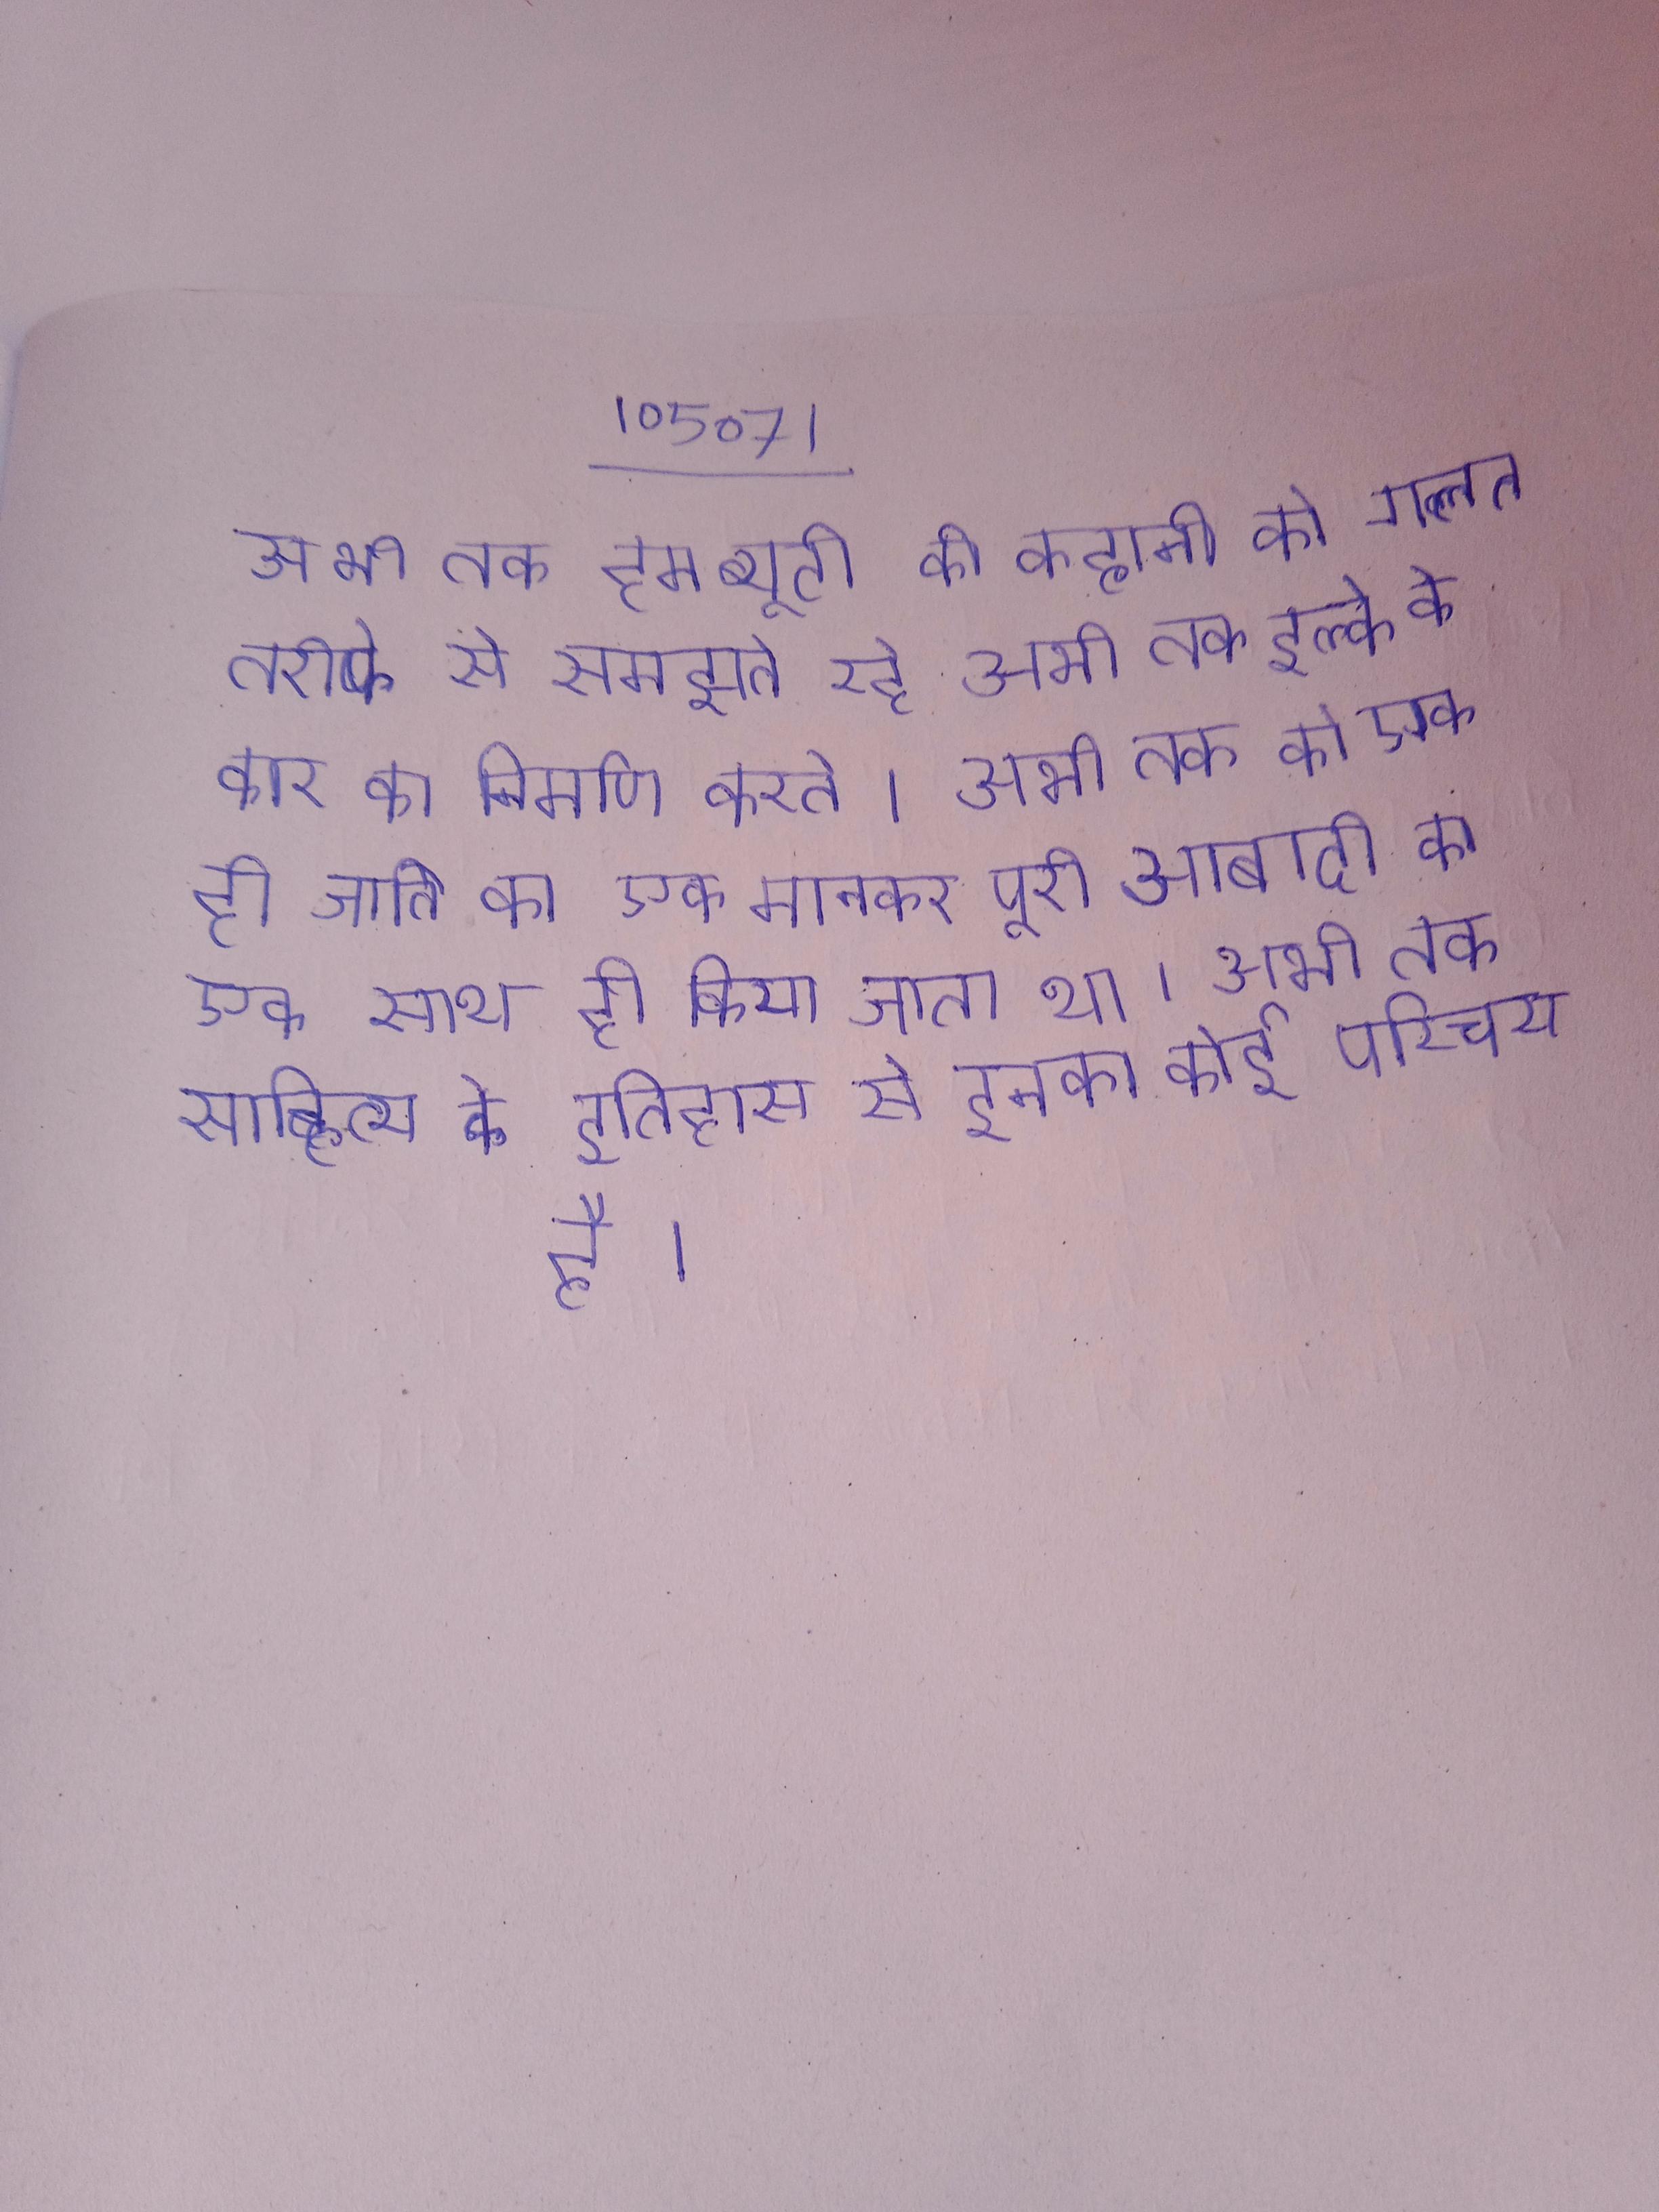
अभी तक हम ब्यूटी की कहानी को गलत तरीके से समझते रहे अभी तक हल्के के कोर का निर्माण करते । अभी तक को एक ही जाति का मानकर पूरी आबादी का एक साथ ही किया जाता था । अभी तक साहित्य के इतिहास से इनका कोई परिचय है ।